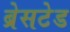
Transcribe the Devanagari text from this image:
ब्रेसटेड